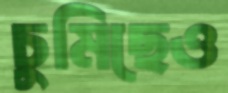
চুমিছেও